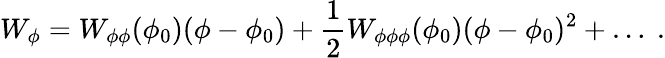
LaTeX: W_{\phi}=W_{\phi\phi}(\phi_{0})(\phi-\phi_{0})+{\frac{1}{2}}W_{\phi\phi\phi}(\phi_{0})(\phi-\phi_{0})^{2}+\dots~.